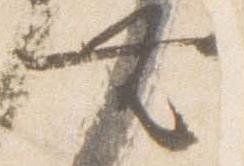
無